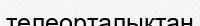
телеорталықтан